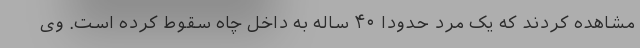
مشاهده کردند که یک مرد حدودا ۴۰ ساله به داخل چاه سقوط کرده است. وی